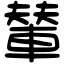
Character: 輦